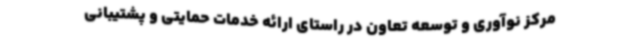
مرکز نوآوری و توسعه تعاون در راستای ارائه خدمات حمایتی و پشتیبانی